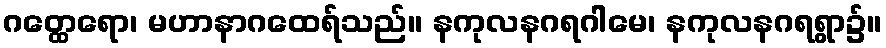
ဂတ္ထေရော၊ မဟာနာဂထေရ်သည်။ နကုလနဂရဂါမေ၊ နကုလနဂရရွာ၌။